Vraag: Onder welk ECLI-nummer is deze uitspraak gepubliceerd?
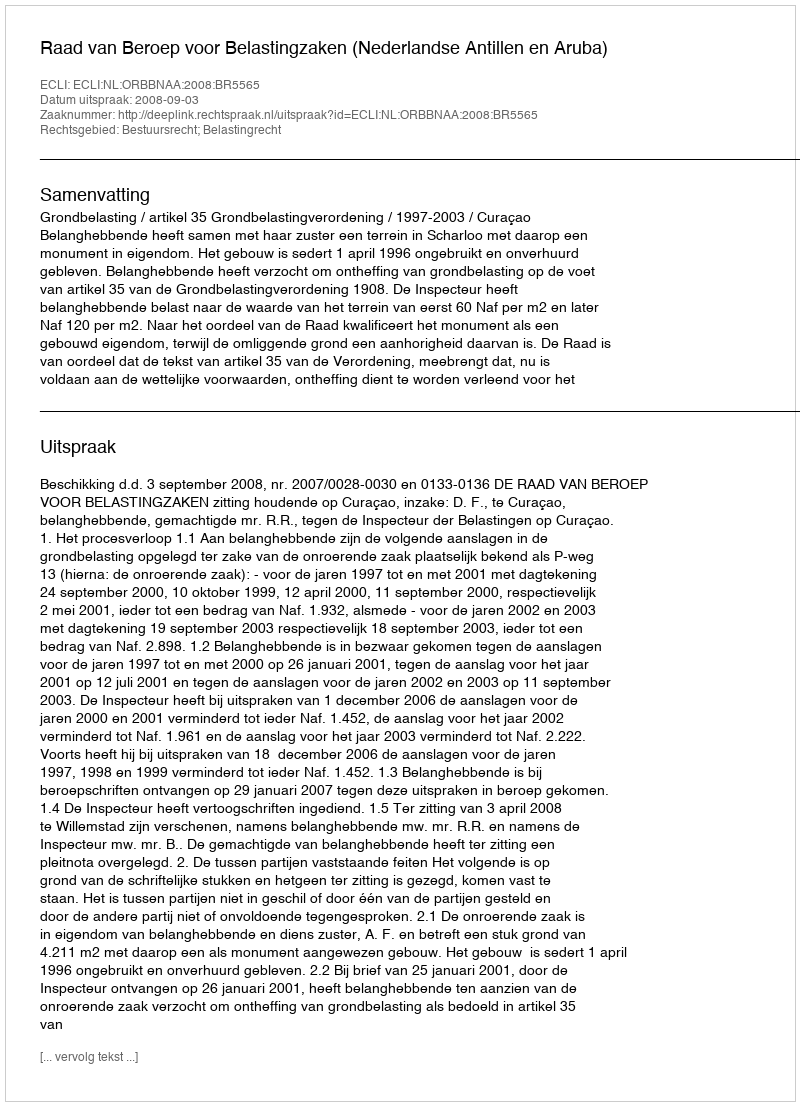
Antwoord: ECLI:NL:ORBBNAA:2008:BR5565